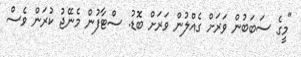
"މީގެ ސަބަބުން ވަރަށް ގެއްލުން ވަރަށް ބޮޑު. ސްޓާފުން މެނޭޖު ކުރަން ވެސް